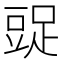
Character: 𧯩